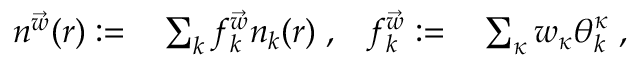
\begin{array} { r l r l } { n ^ { \vec { w } } ( \boldsymbol { r } ) : = } & { { } \sum _ { k } f _ { k } ^ { \vec { w } } n _ { k } ( \boldsymbol { r } ) \; , } & { f _ { k } ^ { \vec { w } } : = } & { { } \sum _ { \kappa } w _ { \kappa } \theta _ { k } ^ { \kappa } \; , } \end{array}